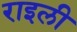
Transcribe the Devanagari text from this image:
राइली